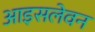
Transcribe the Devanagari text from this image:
आइसलेवन